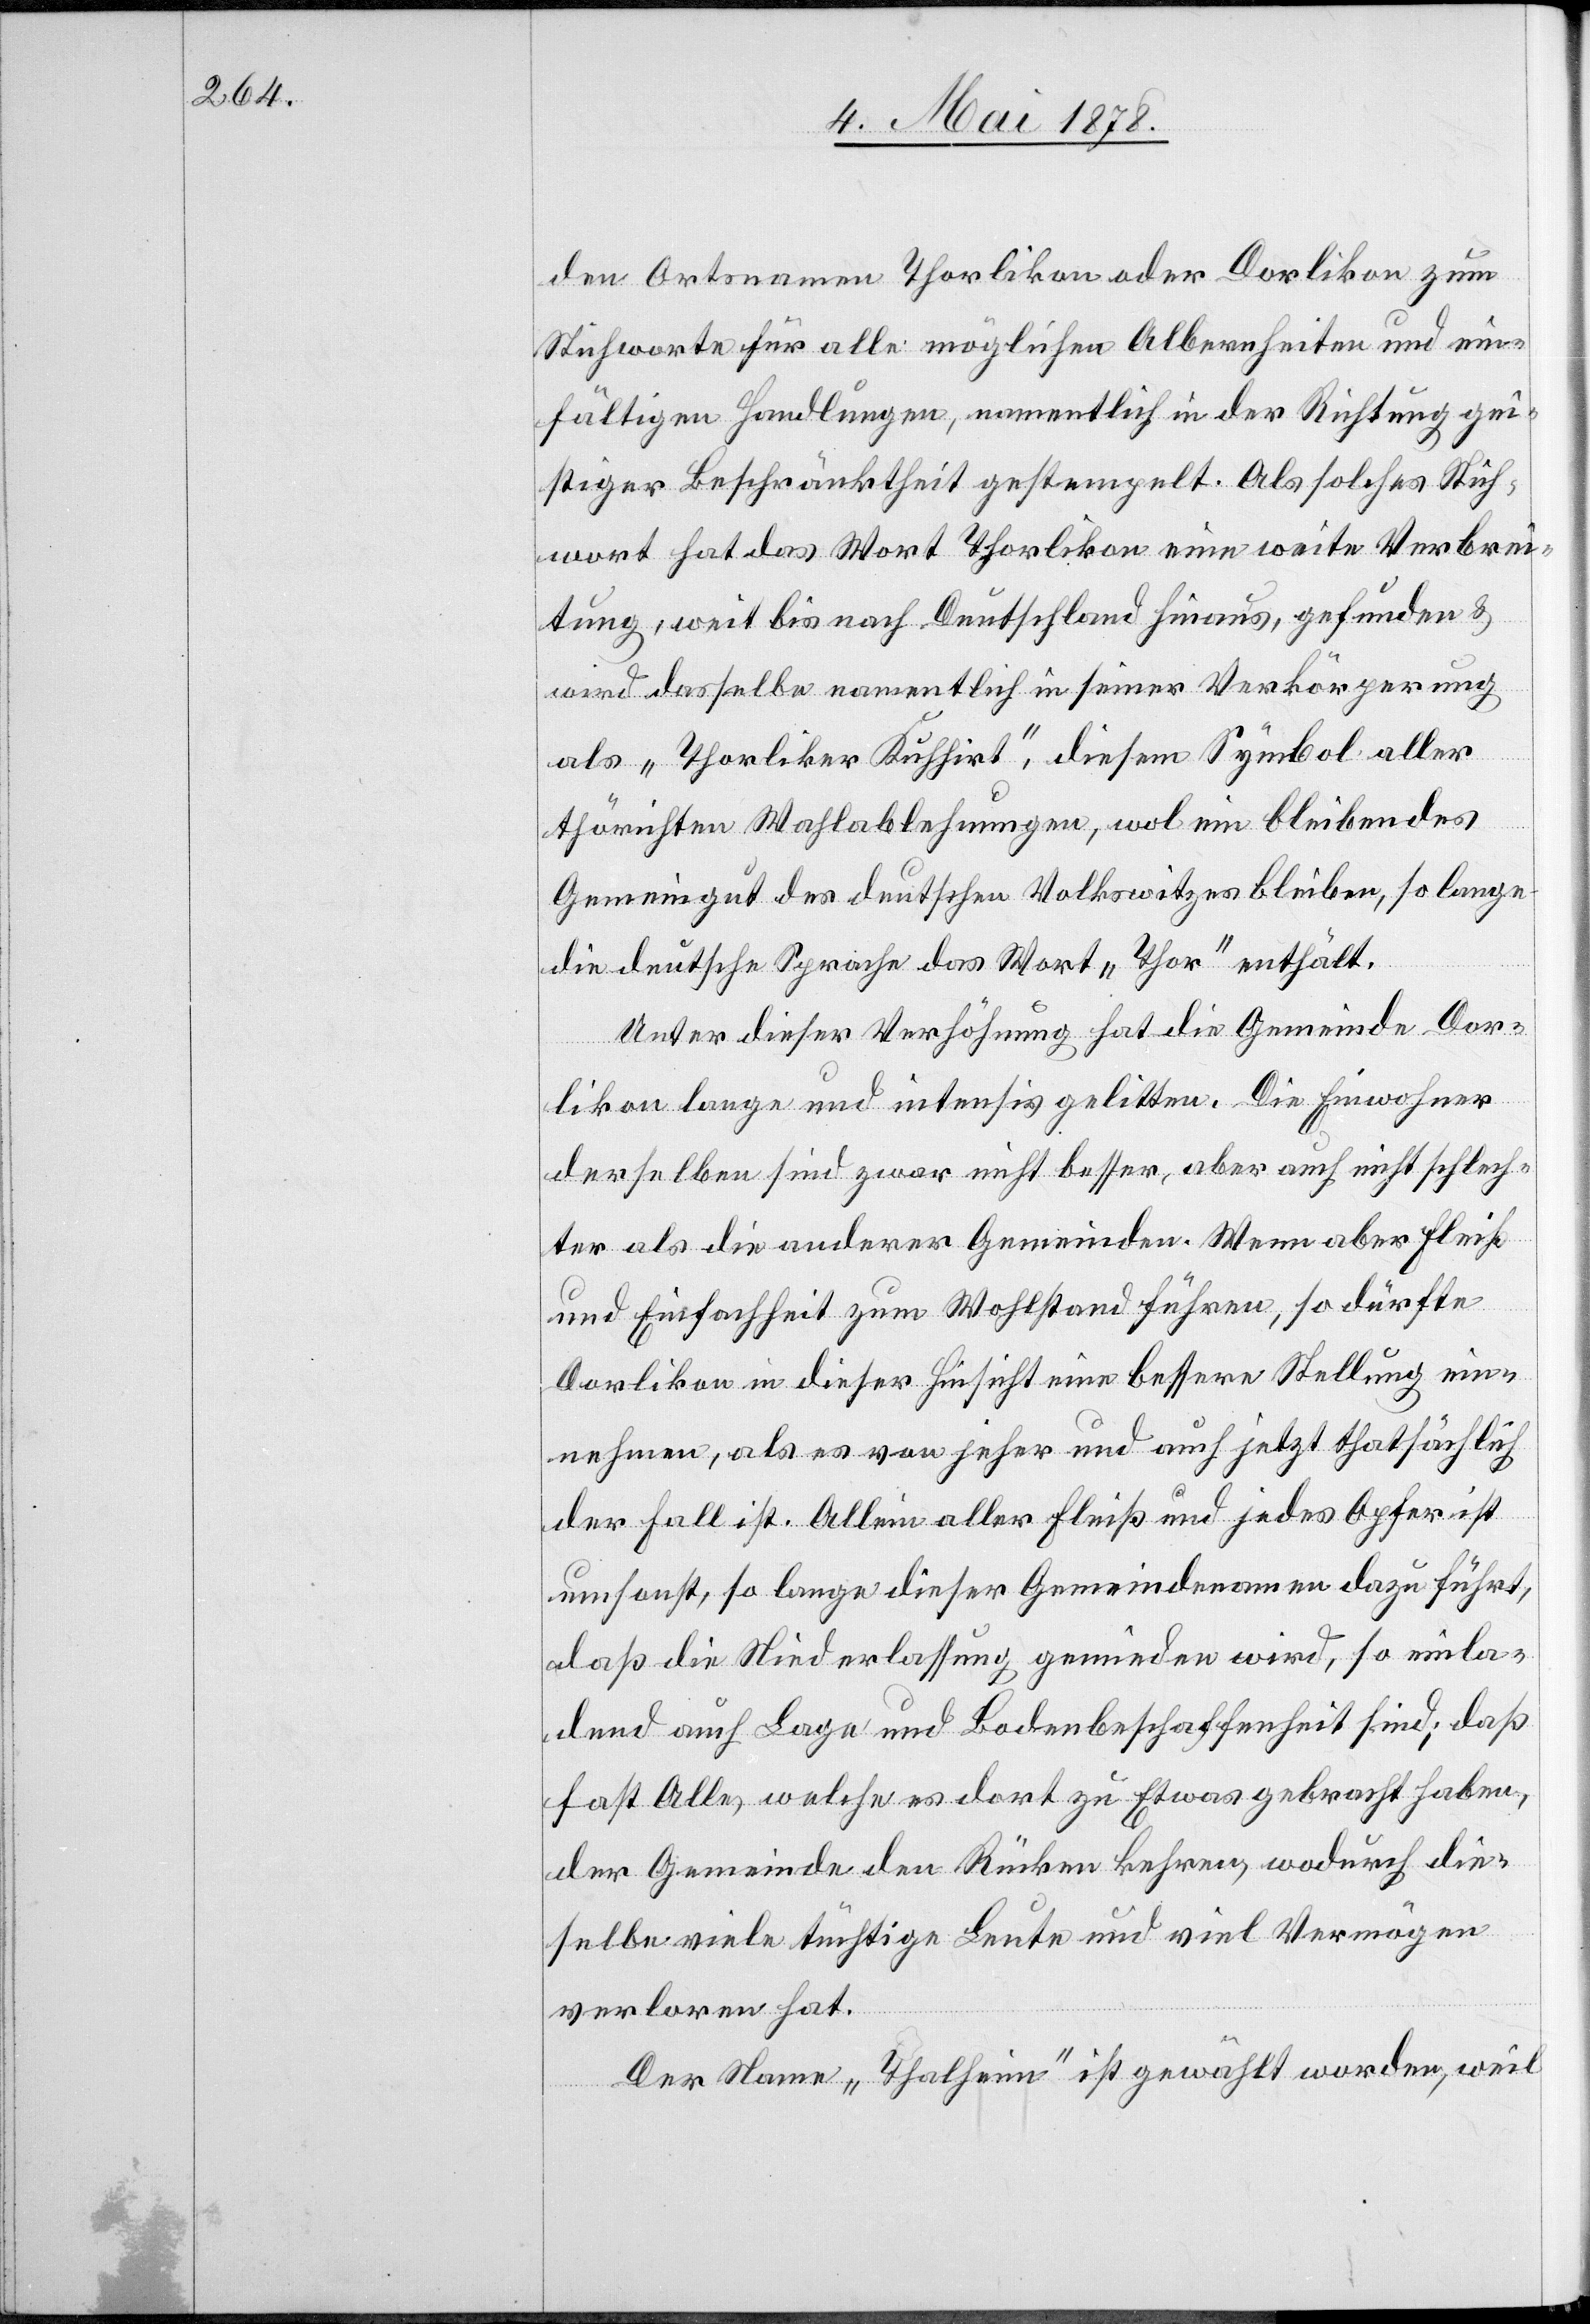
den Ortsnamen Thorlikon oder Dorlikon zum
Stichworte für alle möglichen Albernheiten und ein¬
fältigen Handlungen, namentlich in der Richtung gei¬
stiger Beschränktheit gestempelt. Als solches Stich¬
wort hat das Wort Thorlikon eine weite Verbrei¬
tung, weit bis nach Deutschland hinaus, gefunden &
wird dasselbe namentlich in seiner Verkörperung
als „Thorliker Kuhhirt“, diesem Symbol aller
thörrichten Wahlablehnungen, wol ein bleibendes
Gemeingut des deutschen Volkswitzes bleiben, so lange
die deutsche Sprache das Wort „Thor“ enthält.
Unter dieser Verhöhnung hat die Gemeinde Dor¬
likon lange und intensiv gelitten. Die Einwohner
derselben sind zwar nicht besser, aber auch nicht schlech¬
ter als die anderer Gemeinden. Wenn aber Fleiß
und Einfachheit zum Wohlstand führen, so dürfte
Dorlikon in dieser Hinsicht eine bessere Stellung ein¬
nehmen, als es von jeher und auch jetzt thatsächlich
der Fall ist. Allein aller Fleiß und jedes Opfer ist
umsonst, so lange dieser Gemeindenamen dazu führt,
daß die Niederlassung gemieden wird, so einla¬
dend auch Lage und Bodenbeschaffenheit sind; daß
fast Alle, welche es dort zu Etwas gebracht haben,
der Gemeinde den Rücken kehren, wodurch die¬
selbe viele tüchtige Leute und viel Vermögen
verloren hat.
Der Name „Thalheim“ ist gewählt worden, weil